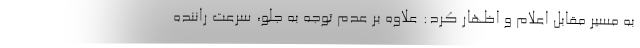
به مسیر مقابل اعلام و اظهار کرد: علاوه بر عدم توجه به جلو، سرعت راننده